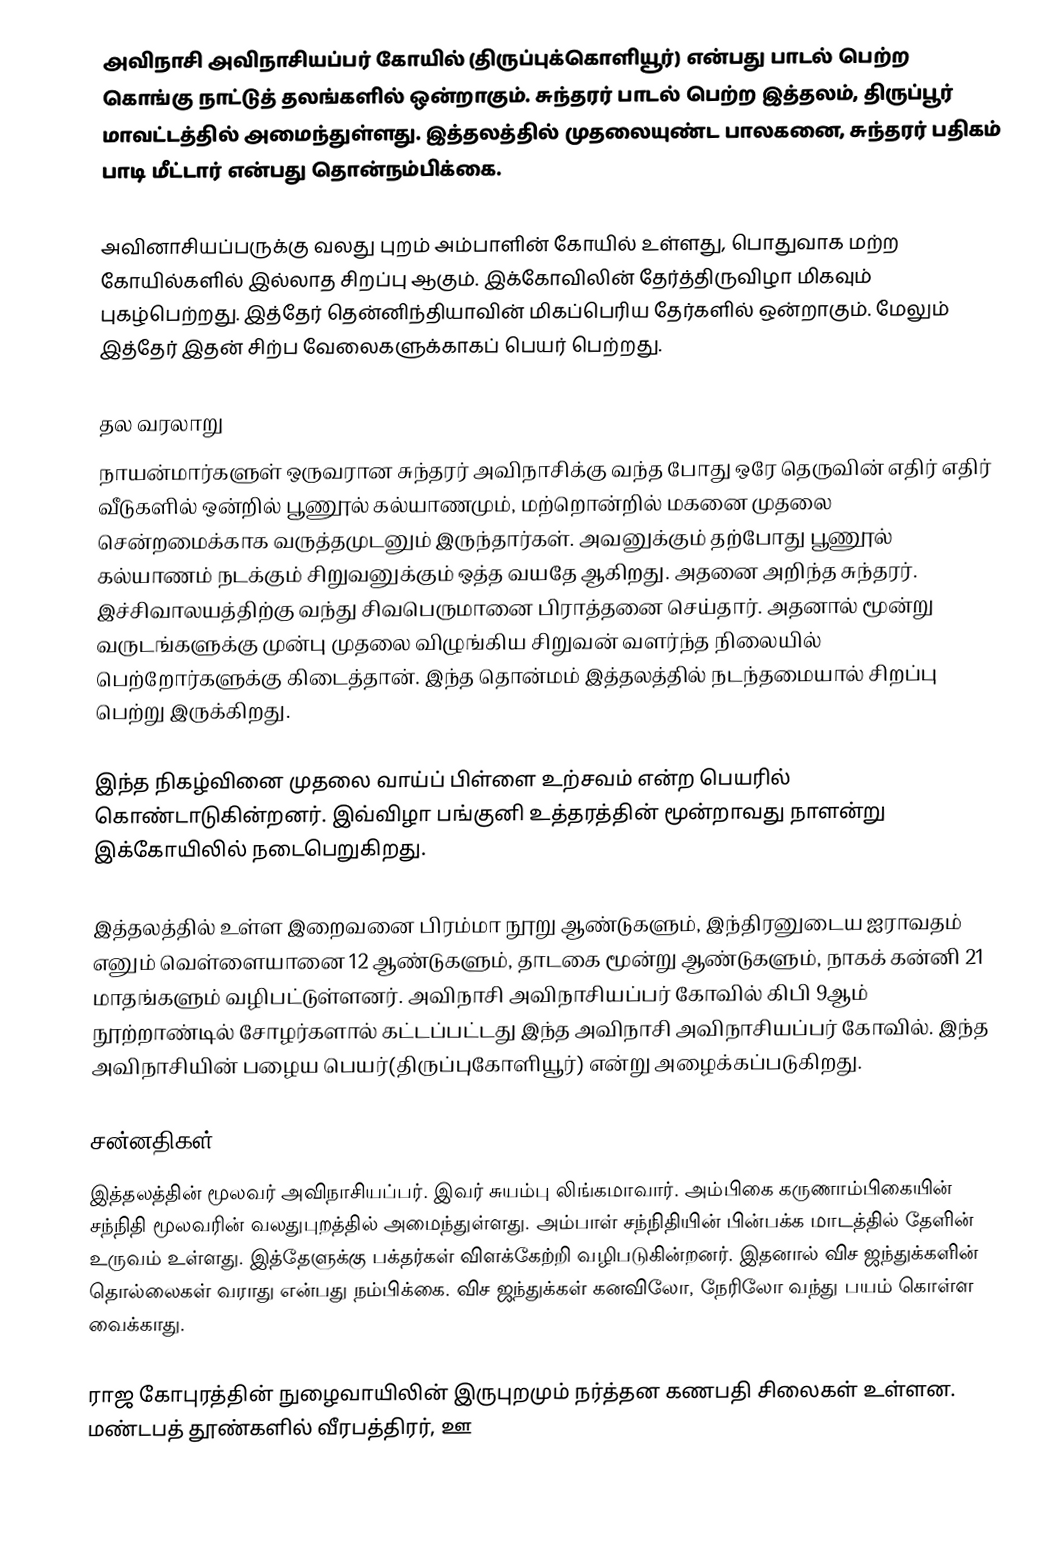
அவிநாசி அவிநாசியப்பர் கோயில் (திருப்புக்கொளியூர்) என்பது பாடல் பெற்ற கொங்கு நாட்டுத் தலங்களில் ஒன்றாகும். சுந்தரர் பாடல் பெற்ற இத்தலம், திருப்பூர் மாவட்டத்தில் அமைந்துள்ளது. இத்தலத்தில் முதலையுண்ட பாலகனை, சுந்தரர் பதிகம் பாடி மீட்டார் என்பது தொன்நம்பிக்கை.

அவினாசியப்பருக்கு வலது புறம் அம்பாளின் கோயில் உள்ளது, பொதுவாக மற்ற கோயில்களில் இல்லாத சிறப்பு ஆகும். இக்கோவிலின் தேர்த்திருவிழா மிகவும் புகழ்பெற்றது. இத்தேர் தென்னிந்தியாவின் மிகப்பெரிய தேர்களில் ஒன்றாகும். மேலும் இத்தேர் இதன் சிற்ப வேலைகளுக்காகப் பெயர் பெற்றது.

தல வரலாறு
நாயன்மார்களுள் ஒருவரான சுந்தரர் அவிநாசிக்கு வந்த போது ஒரே தெருவின் எதிர் எதிர் வீடுகளில் ஒன்றில் பூணூல் கல்யாணமும், மற்றொன்றில் மகனை முதலை சென்றமைக்காக வருத்தமுடனும் இருந்தார்கள். அவனுக்கும் தற்போது பூணூல் கல்யாணம் நடக்கும் சிறுவனுக்கும் ஒத்த வயதே ஆகிறது. அதனை அறிந்த சுந்தரர். இச்சிவாலயத்திற்கு வந்து சிவபெருமானை பிராத்தனை செய்தார். அதனால் மூன்று வருடங்களுக்கு முன்பு முதலை விழுங்கிய சிறுவன் வளர்ந்த நிலையில் பெற்றோர்களுக்கு கிடைத்தான். இந்த தொன்மம் இத்தலத்தில் நடந்தமையால் சிறப்பு பெற்று இருக்கிறது.

இந்த நிகழ்வினை முதலை வாய்ப் பிள்ளை உற்சவம் என்ற பெயரில் கொண்டாடுகின்றனர். இவ்விழா பங்குனி உத்தரத்தின் மூன்றாவது நாளன்று இக்கோயிலில் நடைபெறுகிறது.

இத்தலத்தில் உள்ள இறைவனை பிரம்மா நூறு ஆண்டுகளும், இந்திரனுடைய ஐராவதம் எனும் வெள்ளையானை 12 ஆண்டுகளும், தாடகை மூன்று ஆண்டுகளும், நாகக் கன்னி 21 மாதங்களும் வழிபட்டுள்ளனர். அவிநாசி அவிநாசியப்பர் கோவில் கிபி 9ஆம் நூற்றாண்டில் சோழர்களால்  கட்டப்பட்டது இந்த அவிநாசி அவிநாசியப்பர் கோவில். இந்த அவிநாசியின் பழைய பெயர்(திருப்புகோளியூர்) என்று அழைக்கப்படுகிறது.

சன்னதிகள்
இத்தலத்தின் மூலவர் அவிநாசியப்பர். இவர் சுயம்பு லிங்கமாவார். அம்பிகை கருணாம்பிகையின் சந்நிதி மூலவரின் வலதுபுறத்தில் அமைந்துள்ளது. அம்பாள் சந்நிதியின் பின்பக்க மாடத்தில் தேளின் உருவம் உள்ளது. இத்தேளுக்கு பக்தர்கள் விளக்கேற்றி வழிபடுகின்றனர். இதனால் விச ஜந்துக்களின் தொல்லைகள் வராது என்பது நம்பிக்கை. விச ஜந்துக்கள் கனவிலோ, நேரிலோ வந்து பயம் கொள்ள வைக்காது.

ராஜ கோபுரத்தின் நுழைவாயிலின் இருபுறமும் நர்த்தன கணபதி சிலைகள் உள்ளன. மண்டபத் தூண்களில் வீரபத்திரர், ஊ